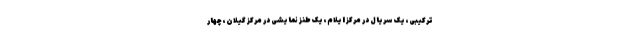
ترکیبی، یک سریال در مرکز ایلام، یک طنز نمایشی در مرکز گیلان، چهار